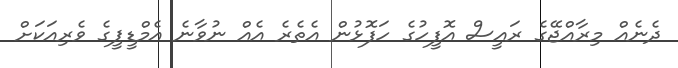
ދެނެއް މިރާއްޖޭގެ ރައީސް އޮފީހުގެ ހަފޮޅުން އެތެރެ އެއް ނުވާނެ އެމްޑީޕީގެ ވެރިއަކަށް